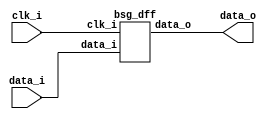


module top
(
  clk_i,
  data_i,
  data_o
);

  input [15:0] data_i;
  output [15:0] data_o;
  input clk_i;

  bsg_dff
  wrapper
  (
    .data_i(data_i),
    .data_o(data_o),
    .clk_i(clk_i)
  );


endmodule



module bsg_dff
(
  clk_i,
  data_i,
  data_o
);

  input [15:0] data_i;
  output [15:0] data_o;
  input clk_i;
  reg [15:0] data_o;

  always @(posedge clk_i) begin
    if(1'b1) begin
      { data_o[15:0] } <= { data_i[15:0] };
    end 
  end


endmodule